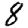
Digit: 8